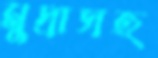
মুদ্রাসহ